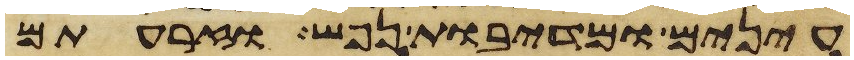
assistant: עינים ומדיבת נפש וזרעתם